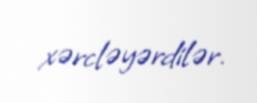
xərcləyərdilər.